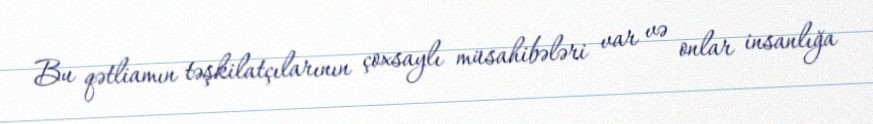
Bu qətliamın təşkilatçılarının çoxsaylı müsahibələri var və onlar insanlığa